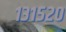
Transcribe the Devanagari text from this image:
१३१५२०